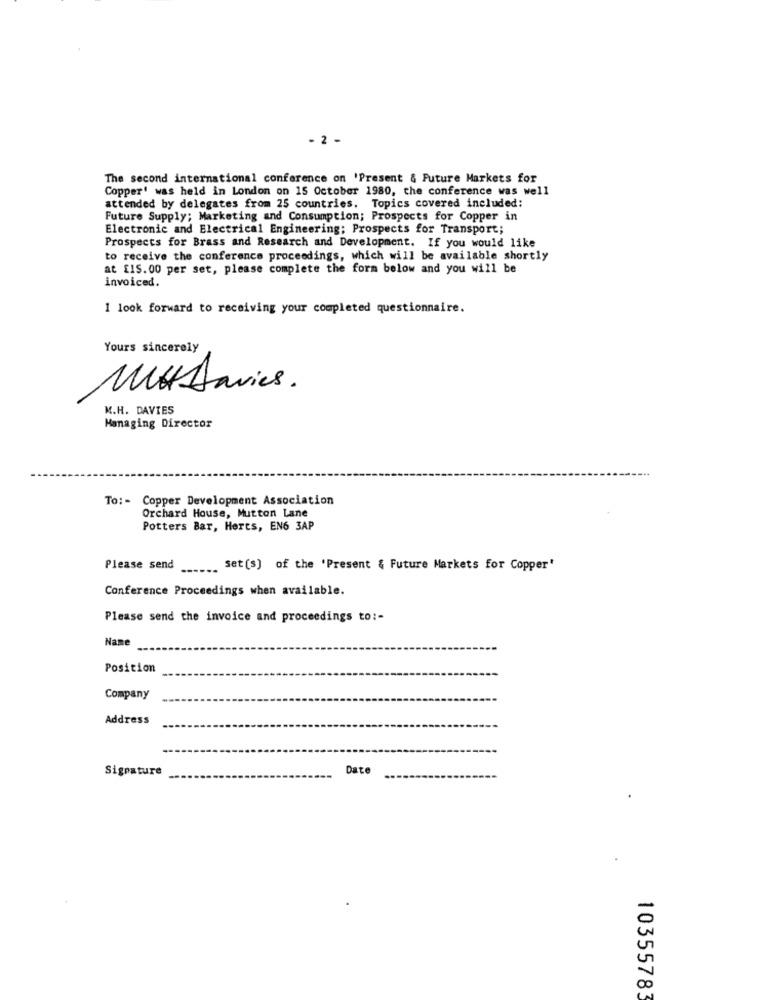
- 2 -
The second international conference on 'Present & Future Markets for
Copper' was held in London on 15 October 1980, the conference was well
attended by delegates from 25 countries. Topics covered included:
Future Supply; Marketing and Consumption; Prospects for Copper in
Electronic and Electrical Engineering; Prospects for Transport;
Prospects for Brass and Research and Development. If you would like
to receive the conference proceedings, which will be available shortly
at £IS. 00 per set, please complete the form below and you will be
invoiced.
I look forward to receiving your completed questionnaire.
Yours sincerely
Mut Davies.
M.H. DAVIES
Managing Director
To: - Copper Development Association
Orchard House, Mutton Lane
Potters Bar, Herts, EN6 3AP
Please send
...... Set(s) of the 'Present & Future Markets for Copper'
Conference Proceedings when available.
Please send the invoice and proceedings to :-
Name
Position
Company
Address
Signature
Date
10355783